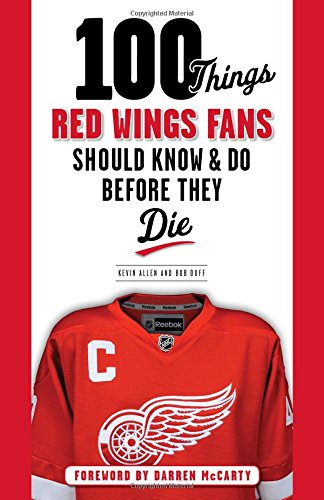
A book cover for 100 Things Red Wings Fans Should Know & Do Before They Die (100 Things...Fans Should Know); Kevin Allen; Sports & Outdoors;